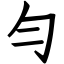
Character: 勻